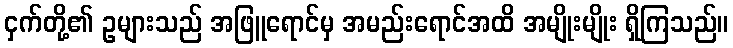
ငှက်တို့၏ ဥများသည် အဖြူရောင်မှ အမည်းရောင်အထိ အမျိုးမျိုး ရှိကြသည်။